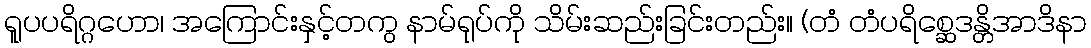
ရူပပရိဂ္ဂဟော၊ အကြောင်းနှင့်တကွ နာမ်ရုပ်ကို သိမ်းဆည်းခြင်းတည်း။ (တံ တံပရိစ္ဆေဒန္တိအာဒိနာ